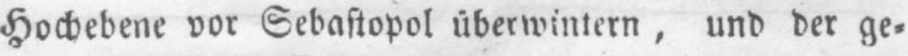
Hochebene vor Sebastopol überwintern, und der ge⸗